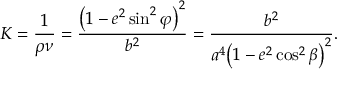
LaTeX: K = { \frac { 1 } { \rho \nu } } = { \frac { { \bigl ( } 1 - e ^ { 2 } \sin ^ { 2 } \varphi { \bigr ) } ^ { 2 } } { b ^ { 2 } } } = { \frac { b ^ { 2 } } { a ^ { 4 } { \bigl ( } 1 - e ^ { 2 } \cos ^ { 2 } \beta { \bigr ) } ^ { 2 } } } .